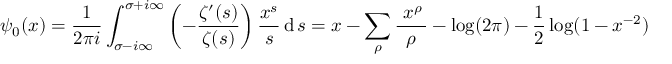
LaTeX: \psi _ { 0 } ( x ) = { \frac { 1 } { 2 \pi i } } \int _ { \sigma - i \infty } ^ { \sigma + i \infty } \left( - { \frac { \zeta ^ { \prime } ( s ) } { \zeta ( s ) } } \right) { \frac { x ^ { s } } { s } } \operatorname { d } s = x - \sum _ { \rho } { \frac { ~ x ^ { \rho } \, } { \rho } } - \log ( 2 \pi ) - { \frac { 1 } { 2 } } \log ( 1 - x ^ { - 2 } )